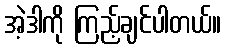
အဲ့ဒါကို ကြည့်ချင်ပါတယ်။